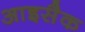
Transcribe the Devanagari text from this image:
आइसैक